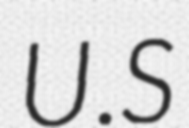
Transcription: U.S